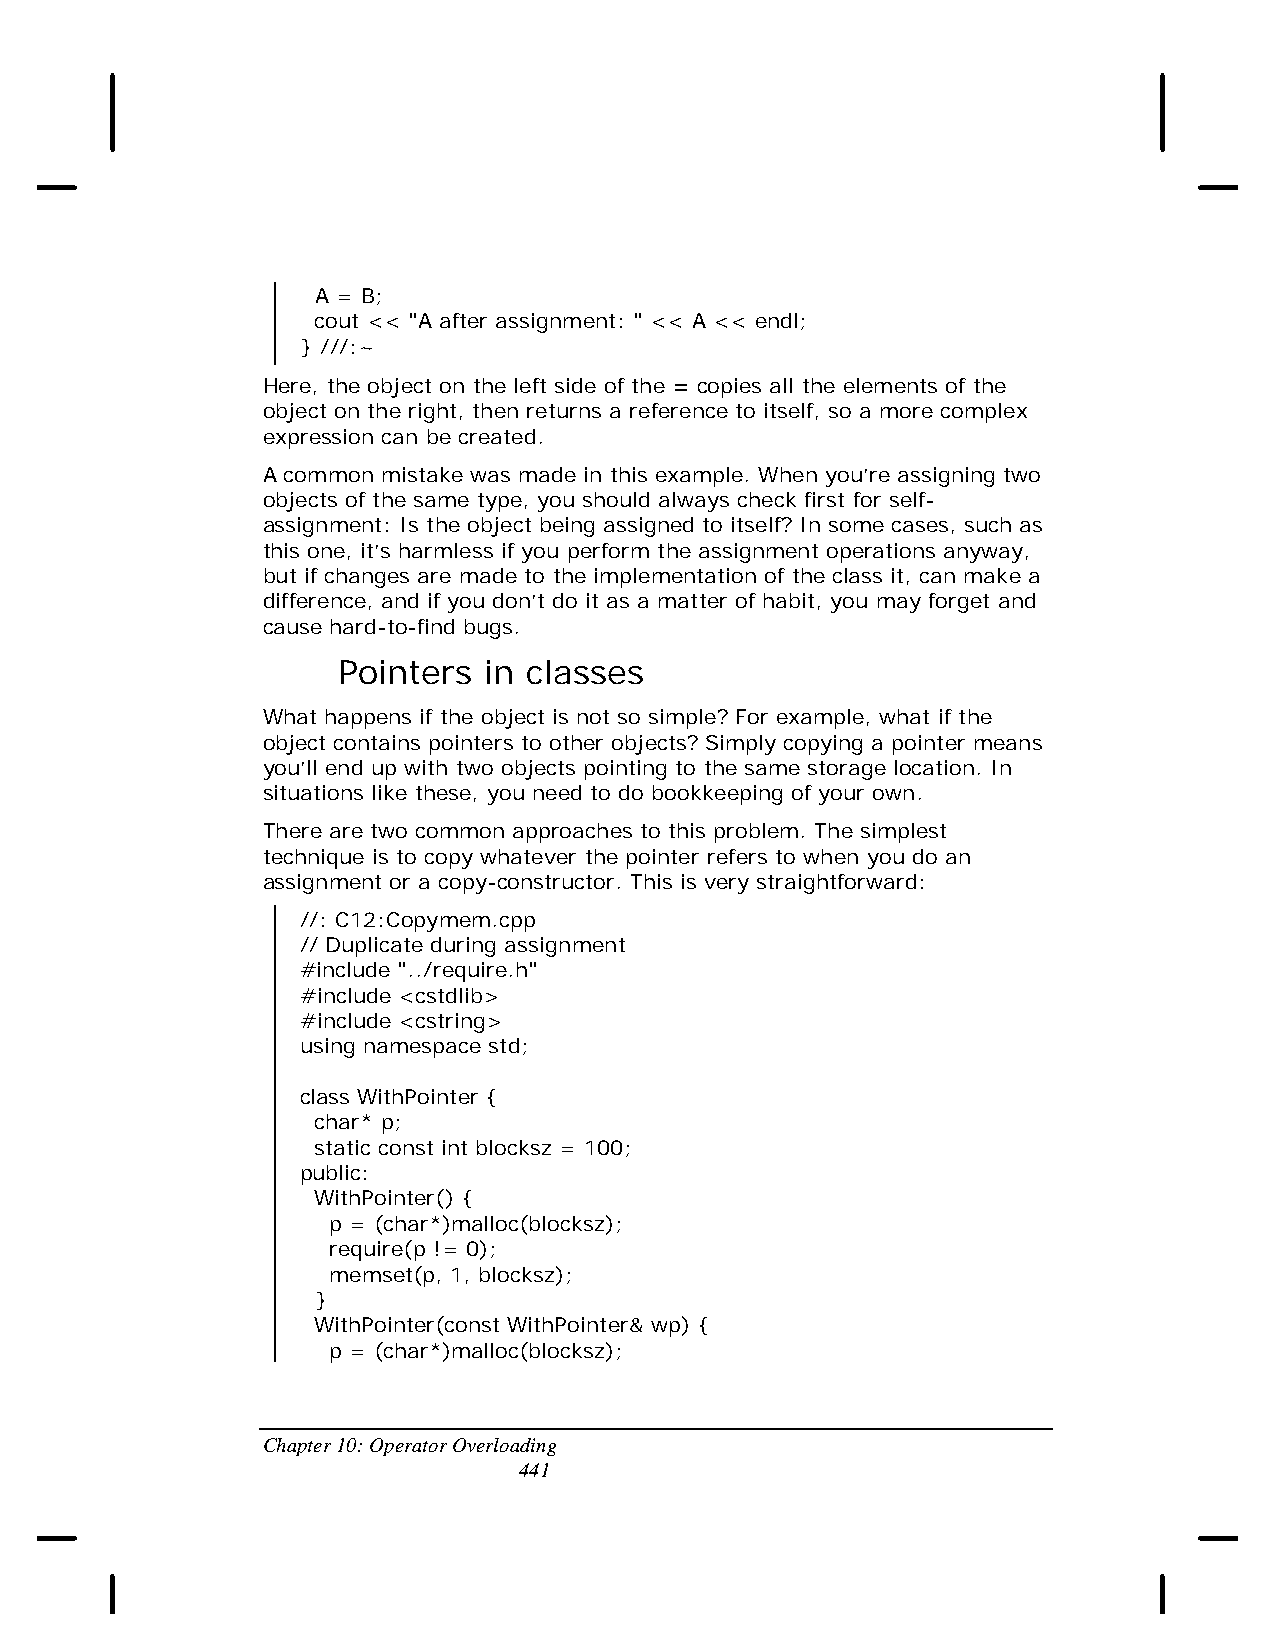
A = B;
 cout << "A after assignment: " << A << endl;
 } ///:~
 Here, the object on the left side of the = copies all the elements of the
 object on the right, then returns a reference to itself, so a more complex
 expression can be created.
 A common mistake was made in this example. When you’re assigning two
 objects of the same type, you should always check first for self-
 assignment: Is the object being assigned to itself? In some cases, such as
 this one, it’s harmless if you perform the assignment operations anyway,
 but if changes are made to the implementation of the class it, can make a
 difference, and if you don’t do it as a matter of habit, you may forget and
 cause hard-to-find bugs.
 Pointers  in classes
 What happens if the object is not so simple? For example, what if the
 object contains pointers to other objects? Simply copying a pointer means
 you’ll end up with two objects pointing to the same storage location. In
 situations like these, you need to do bookkeeping of your own.
 There are two common approaches to this problem. The simplest
 technique is to copy whatever the pointer refers to when you do an
 assignment or a copy-constructor. This is very straightforward:
 //: C12:Copymem.cpp
 // Duplicate during assignment
 #include "../require.h"
 #include <cstdlib>
 #include <cstring>
 using namespace std;
 class WithPointer {
 char* p;
 static const int blocksz = 100;
 public:
 WithPointer() {
 p = (char*)malloc(blocksz);
 require(p != 0);
 memset(p, 1, blocksz);
 }
 WithPointer(const WithPointer& wp) {
 p = (char*)malloc(blocksz);
 Chapter 10: Operator Overloading
 441